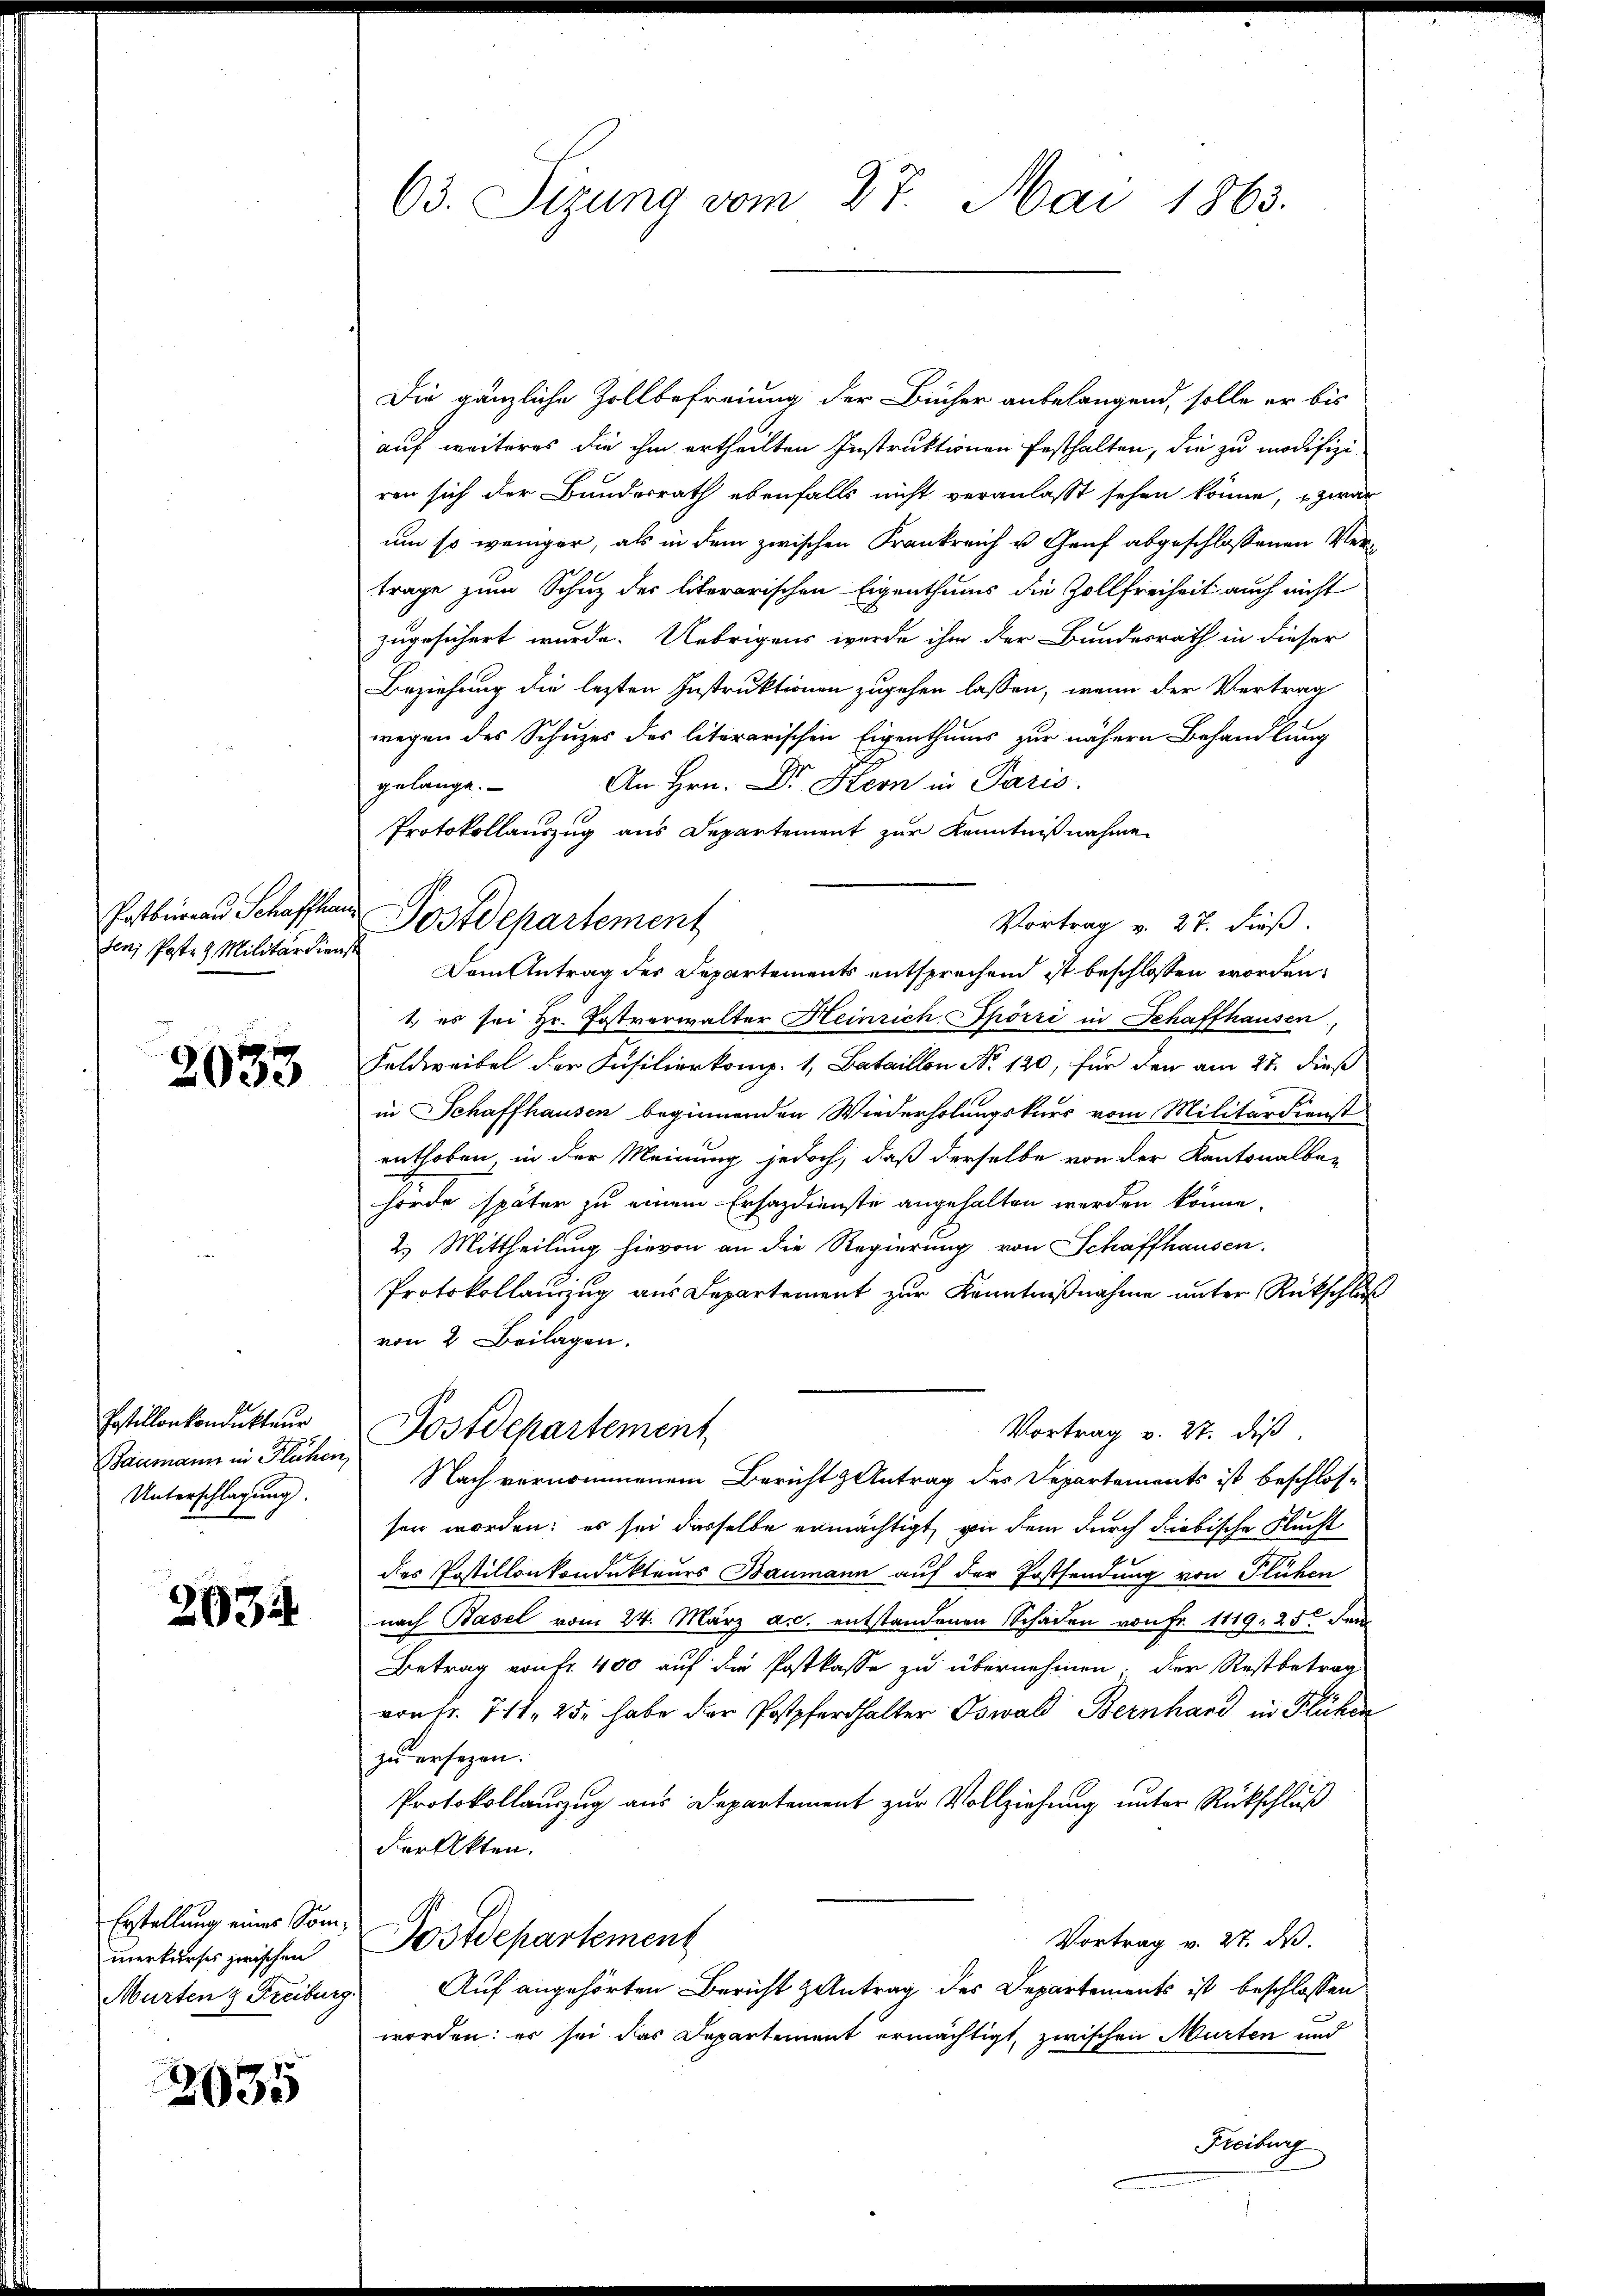
Postbureau Schaffhau
sen; Posten Militärdienst

2033

Jostillon kondukteur
Baumann in Flühen,
Unterschlagung.

2934

Erstellung eines Sommerkurses zwischen
Murten & Freiburg.

2035

63. Sizung vom 27. Mai 1863.

Die gänzliche Zollbefreiung der Bücher anbelangend, solle er bis
auf weiteres die ihm ertheilten Instruktionen festhalten, die zu modifizi-
ren sich der Bundesrath ebenfalls nicht veranlasst sehen könne, zwar
um so weniger, als in dem zwischen Frankreich u. Genf abgeschlossenen Vertrage zum Schutz der literarischen Eigenthums die Zollfreiheit auch nicht
zugesichert wurde. Uebrigens werde ihm der Bundesrath in dieser
Beziehung die lezten Instruktionen zugehen lassen, wenn der Vertrag
wegen des Schuzes des literarischen Eigenthums zur nähern Behandlung
An Hrn. Dr. Kern in Paris.
gelange.
Protokollauszug aus Departement zur Kenntnißnahme
Vortrag v. 27. dieß.
Dem Antrag des Departements entsprechend ist beschlossen worden,
1.) es sei Hr. Postverwalter Heinrich Spörri in Schaffhausen
Feldweibel der Füsilierkomp. 1, Bataillon No 120, für den am 27. dieß
in Schaffhausen beginnenden Wiederholungskurs vom Militärdienst
enthoben in der Meinung jedoch, daß derselbe von der Kantonalbe-
hörde später zu einem Ersazdienste angehalten werden könne.
2.) Mittheilung hievon an die Regierung von Schaffhausen.
Protokollauszug aus Departement zur Kenntnißnahme unter Rückschluß
von 2 Beilagen.
Postdepartement
Vortrag v. 27. diß.
Nach vernommenem Bericht & Antrag des Departements ist beschlos-
sen worden; es sei dasselbe ermächtigt, von dem durch diebische Flucht
des Postillonkondukteurs Baumann auf der Erstsendung von Flühen
nach Basel vom 24. März ac. entstandenen Schaden von Fr. 1119. 25. Jen
Betrag von fr. 400 auf die Postkasse zu übernehmen. Der Restbetrag
von fr. 711, 25. habe der Postpferthalter Oswald Bernhard in Flüchen
zu ersezen.
Protokollauszug aus Departement zur Vollziehung unter Rückschluß
der Akten.
Postdepartement
Vortrag v. 27. ds.
Auf angehörten Bericht zentrag des Departements ist beschlossen
worden: es sei das Departement ermächtigt, zwischen Murten und
Freiburg

Postdepartement